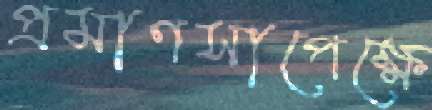
প্রমাণসাপেক্ষে